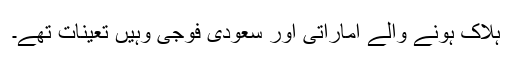
ہلاک ہونے والے اماراتی اور سعودی فوجی وہیں تعینات تھے۔